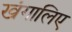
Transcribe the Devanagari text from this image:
खंगालिए